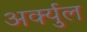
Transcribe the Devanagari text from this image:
अर्क्युल